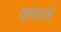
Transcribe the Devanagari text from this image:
दग़ाबाजों